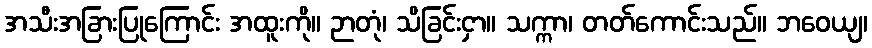
အသီးအခြားပြုကြောင်း အထူးကို။ ဉာတုံ၊ သိခြင်းငှာ။ သက္ကာ၊ တတ်ကောင်းသည်။ ဘဝေယျ၊